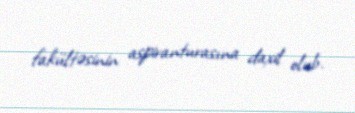
fakültəsinin aspiranturasına daxil olub.